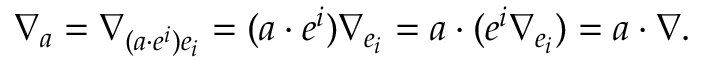
\nabla _ { a } = \nabla _ { ( a \cdot e ^ { i } ) e _ { i } } = ( a \cdot e ^ { i } ) \nabla _ { e _ { i } } = a \cdot ( e ^ { i } \nabla _ { e _ { i } } ) = a \cdot \nabla .